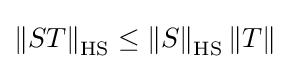
\left\|ST\right\|_{\operatorname {HS} }\leq \left\|S\right\|_{\operatorname {HS} }\left\|T\right\|